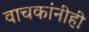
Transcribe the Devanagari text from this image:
वाचकांनीही